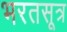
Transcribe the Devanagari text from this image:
भरतसूत्र